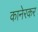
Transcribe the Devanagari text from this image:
कानेरकर